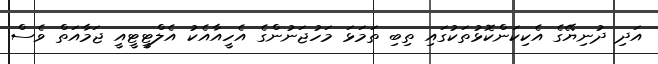
އަދި ދުނިޔޭގެ އެކިކަންކޮޅުތަކުގައި ތިބި ތަމަޅަ މަހުޖަނުންގެ އެހީއާއެކު އެލްޓީޓީއީ ޖަމާއަތް ވެސް